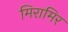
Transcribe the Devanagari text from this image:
मिरामिर